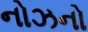
નોઝનો